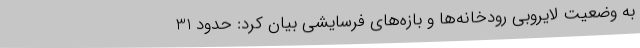
به وضعیت لایروبی رودخانه‌ها و بازه‌های فرسایشی بیان کرد: حدود 31